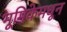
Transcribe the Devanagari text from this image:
भूमिकेमधून